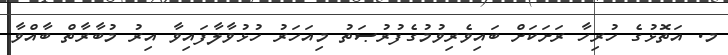
މ. އަތޮޅުގެ ހުރިހާ ރަށަކަށް ބައިވެރިވުމުގެފުރުޞަތު މިއަހަރު ހުޅުވާލާފައިވާ އިރު މުބާރާތް ބާއްވާ